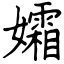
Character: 孀